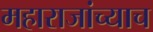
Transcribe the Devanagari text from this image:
महाराजांच्याच